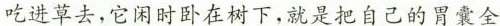
吃进草去，它闲时卧在树下，就是把自己的胃囊全